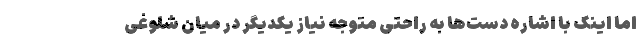
اما اینک با اشاره دست‌ها به راحتی متوجه نیاز یکدیگر در میان شلوغی